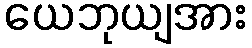
ယေဘုယျအား